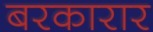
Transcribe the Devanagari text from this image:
बरकारार